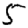
Digit: 5